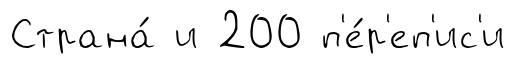
Страна́ и 200 п'е́р'еп'ис'и